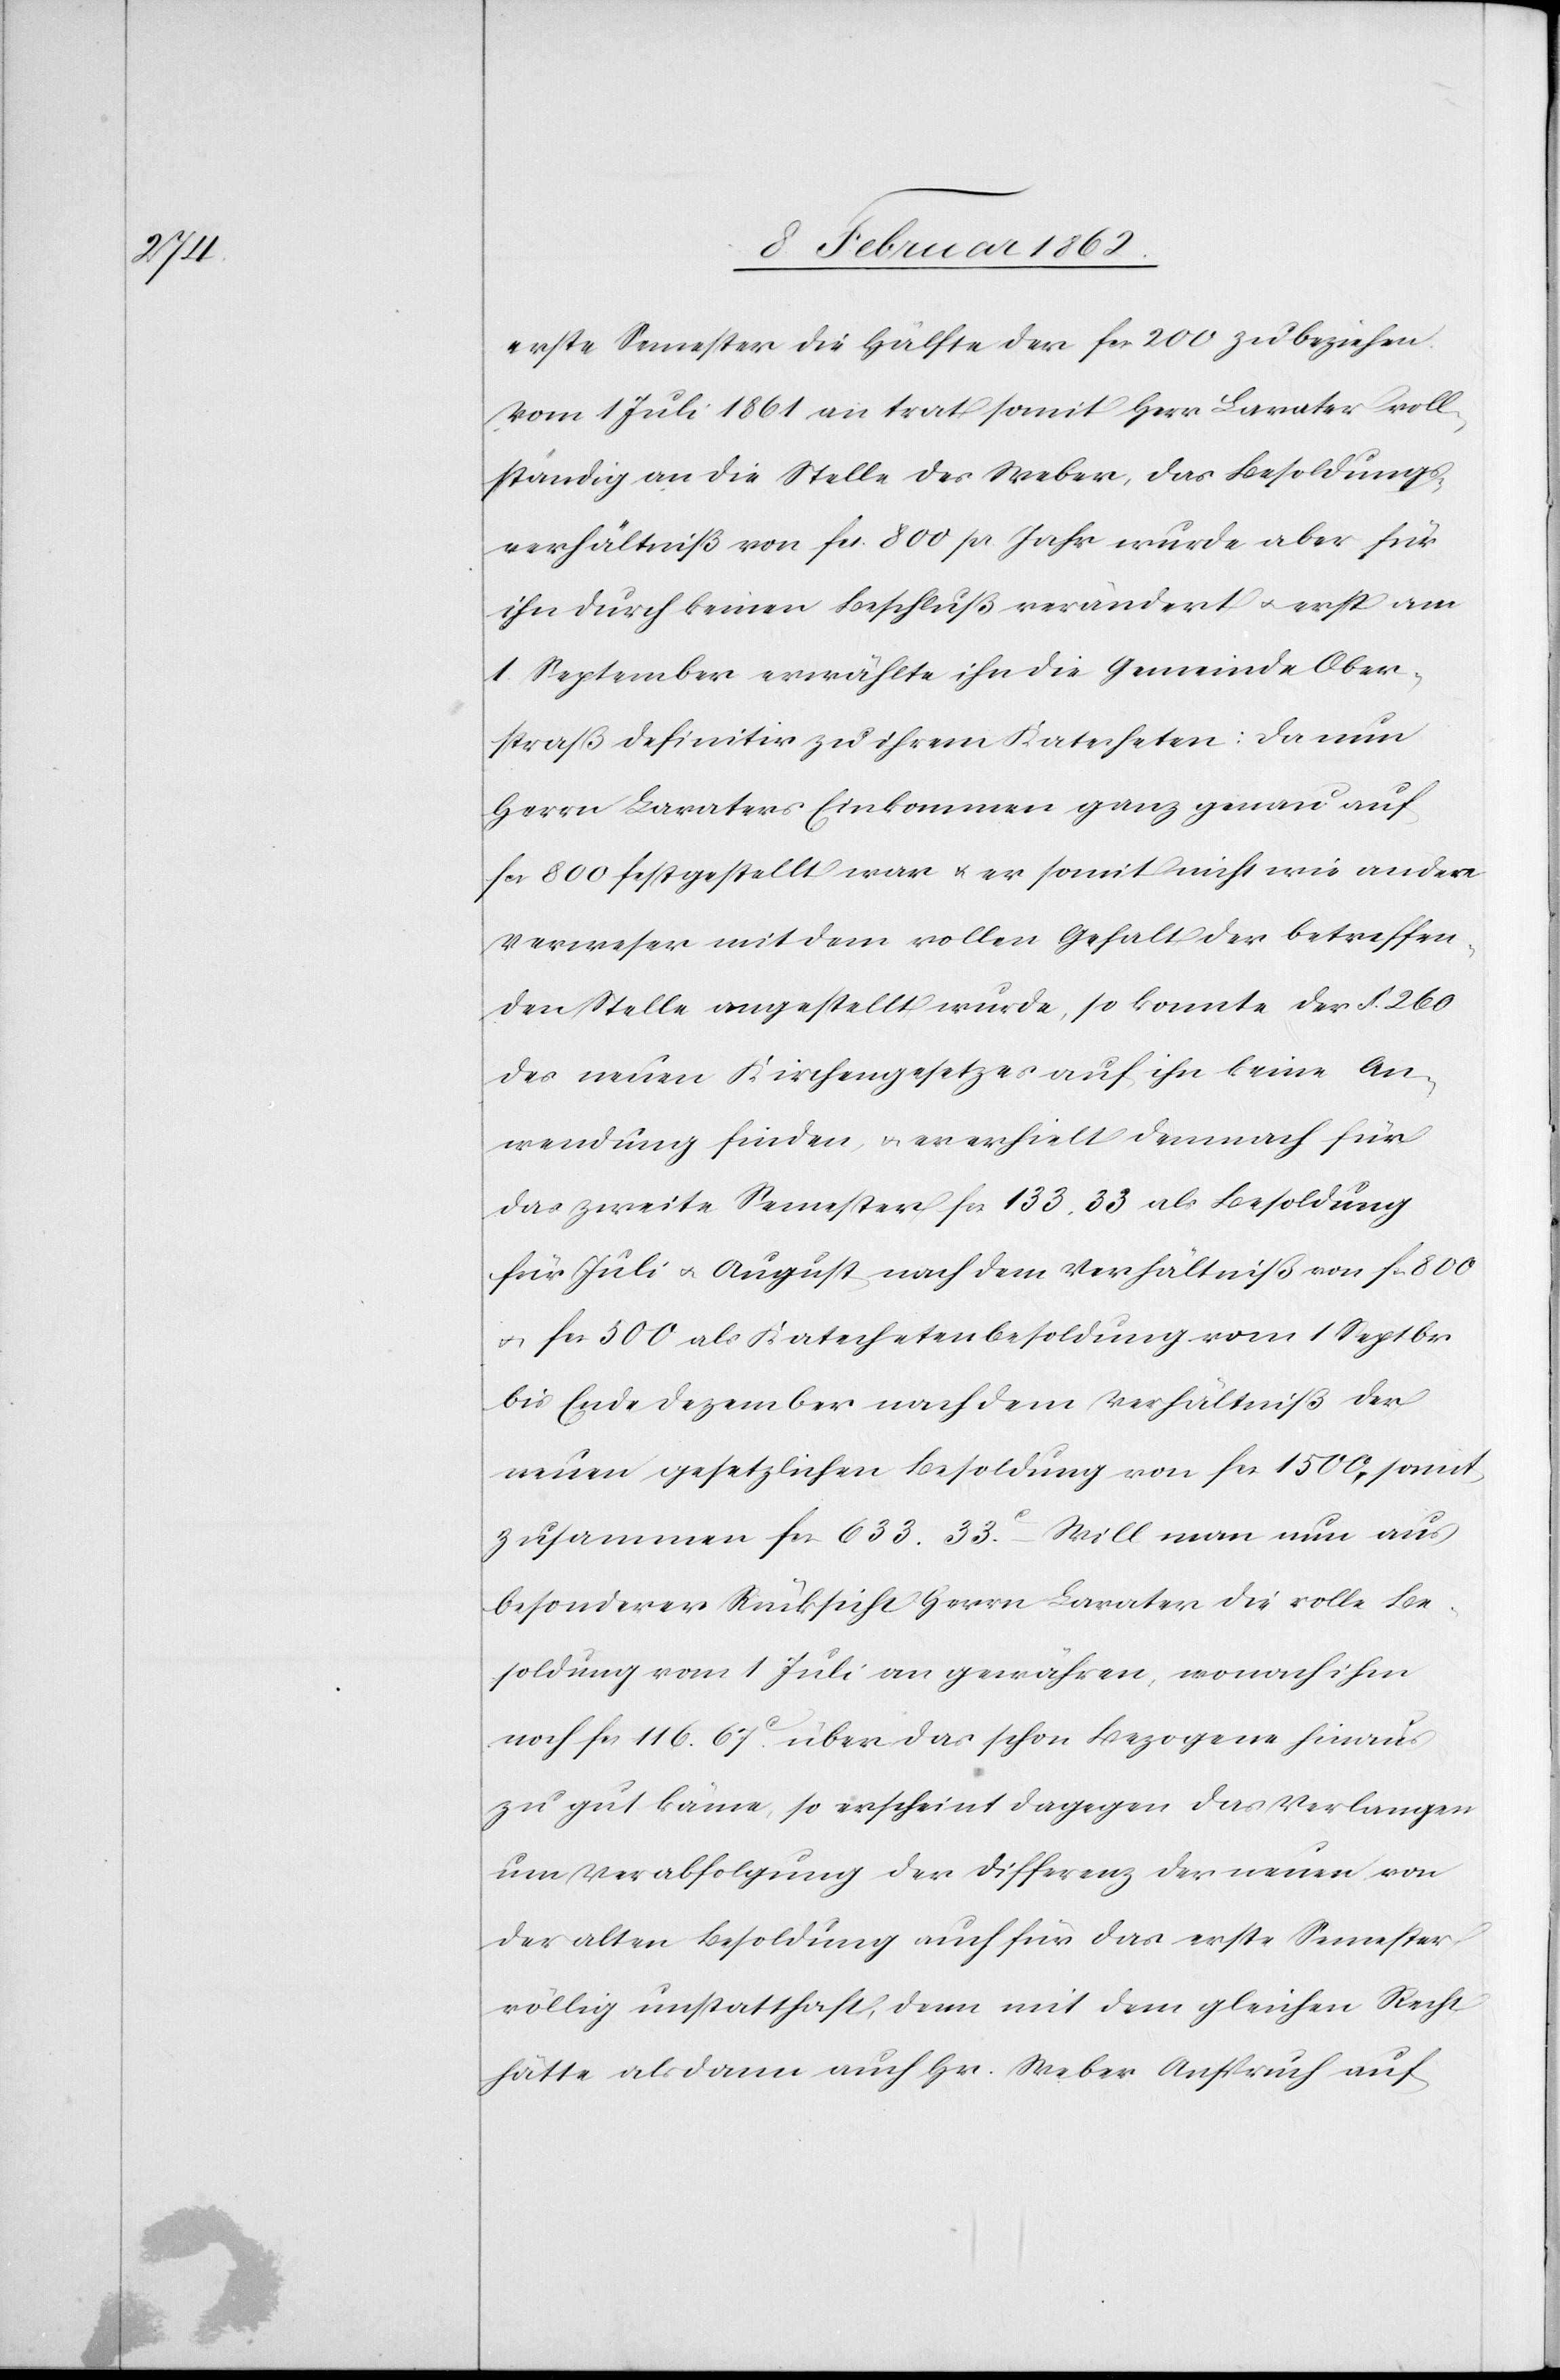
erste Semester die Hälfte der fcs. 200 zu beziehen.
Vom 1 Juli 1861 an trat somit Herr Lavater voll¬
ständig an die Stelle des Weber, das Besoldungs¬
verhältniß von fcs. 800 pr. Jahr wurde aber für
ihn durch keinen Beschluß verändert u. erst am
1. September erwählte ihn die Gemeinde Ober¬
straß definitiv zu ihrem Katecheten. Da nun
Herr Lavaters Einkommen ganz genau auf
fcs. 800 festgestellt war u. er somit nicht wie andere
Verweser mit dem vollen Gehalt der betreffen¬
den Stelle angestellt wurde, so konnte der §. 260
des neuen Kirchengesetzes auf ihn keine An¬
wendung finden, u. er erhielt demnach für
das zweite Semester fcs. 133. 33. als Besoldung
für Juli u. August nach dem Verhältniß von fcs. 800
u. fcs. 500 als Katechetenbesoldung vom 1 Septbr
bis Ende Dezember nach dem Verhältniß der
neuen gesetzlichen Besoldung von fcs. 1500, somit
zusammen fcs. 633. 33c. Will man nun aus
besonderer Rücksicht Herrn Lavater die volle Be¬
soldung vom 1 Juli an gewähren, wonach ihm
noch fcs. 116. 67c. über das schon bezogene hinaus
zu gut käme, so erscheint dagegen das Verlangen
um Verabfolgung der Differenz der neuen von
der alten Besoldung auch für das erste Semester
völlig unstatthaft, denn mit dem gleichen Recht
hätte als dann auch Hr. Weber Anspruch auf